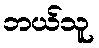
ဘယ်သူ